Leaving Certificate, 1900
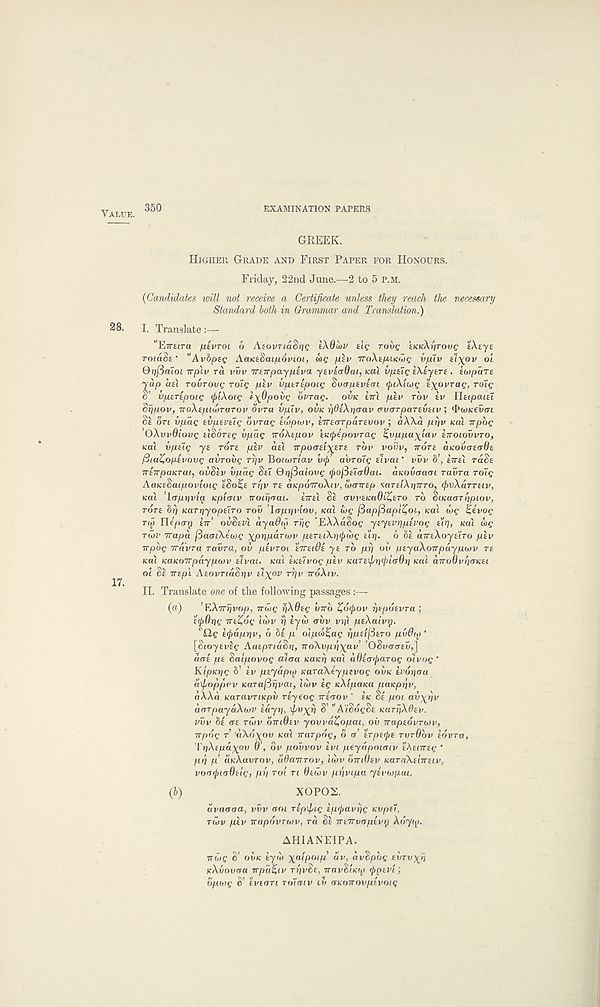
VALUE.
350
EXAMINATION PAPERS
GREEK.
HiGHER GRADE AND FIRST PAPER FOR HONOURS.
Friday, 22nd June.—2 to 5 P.M.
(Ca'iulidates will not receive a Certificate unless they reach the necessary
Standard both in Grammar and Translation.)
28.
I. Translate
"ETrara /atvroi o AiovTiaSrjQ iXOlov slg rove SKKXrirovg tXtye
roidSe * '’Avbpsg AaKiSat/aovioi, MQ /ikv nToXtyunihe vfxiv ti\ov oi
Qr)(3aioi irplv ra vvv Treirpaypiva yeviadai, icai vpuQ tAiytrt. iujpare
yap aei rovrovg TOIQ plv vptrepoig SvapEvem <piXiu)g i\ovrag, rolg
o’ vpETtpoig (piXoig f\6povg bvrag. OVK CTTI pev rbv tv Utipaiti
Sfipov, iroXtpiwrarov ovra vpiv, OVK ifitArjaav ('vorparevtiv ; QioKtvai
St on vpag tvptvtig ovrag twpwv, tirtarpartvov; aX\a prjv KOI upog
’OXvvOiovg tlSortg vpag Trdhtpov tK</>epovrag %vppaxiav ETTOIOVVTO,
KO.1 vptig yt TOTE ptv aei irpoatixETt TOV VOVV, VOTE aKOvatadt
fttaZoptvovg avrovg Tr]v YSoiwriav v(j) , avroig tTvai ’ vvv 8’, ETTEI TUSE
TTETTpaKrai, OVSEV vpag Set Qrjfiaiovg <f>o(3£i<r9ai. aicovaaoi ravra roig
AaKtSaipovioig ESO^E rr/v TE aKpoTroXiv, uxnrEp KaTtiXriTrTO, fivAarTtiv,
Kal ’laprjviq. Kpitnv iroir\aai. ETTEI St avvEKaOt^tTo TO SiKaan'ipiov,
TOTE b?) KarrjyOjOaro row lapr/vlov, Kai wg (3apf5apl%oi, Kal wf %evog
njj Uepay ETT’ OVSEVI ayaOip Trig 'EXXaSoc ytytvripEVog t’lrj, KOX org
riov Trapa /SacriXecug xpripdnvv pETtiAri^org arj. 6 8t airtXoyElTO ptv
upbg Travra ravra, ov ptvroi ETTEIOE yt TO prj on ptyaXoTrpuypwv re
KOI KaKOTTpdyputv tivat. Kal tKtivog ptv KaTE\pr}<pl(r9r) Kal airoOvriaKEi
oi Se TTtpl AtovTiaSriv tl^ov Trjv TTOXIV.
II. Translate one of the following passages :—
(a)
’EXTrrjvop, Trwg hXdtg VTTO %6<pov pEpoevra ;
E<p6pg TrtZog iwv rj tyw avv vp) ptXaivrj.
"Xlg trpdppv, 6 bt p otpoi^ag fipslfttro pvdy *
[Stoytvtc AatpTtaSp, noAvppx av ’ ’OSncro-tn,]
dae pt Saipovog cuoa icaicr) Kal aOtaiftaTog divog"
KlpKpg 8’ tv ptyapy) KaraXtypevog OVK ivopaa
axpoppov Karafiijvai, twv tg KXtpaKa paKppv,
aXXd KaTUvnKpv rtyeog ntaov ' EK St poi avxfiv
aarpaydXwv tayp, fioxf) S’ "AiSogSe KarriXOtv.
vvv bi at TWV omOtv yovvdZ,opai, ov TraptovTWv,
irpog T 'ttXo^ou KOI irarpog, d a’ ETpEcfre TVTOOV tovra,
I'pXtpaxpv 6’, ov povvov tvt peyapoiaiv tXenrtg ‘
pr\ p’ aKXavTov, adaTrrov, Iwv OTTIOEV KaTaAtlirEiv,
voatyioOttg, pp Toi n Otwv ppvipa ytvwpai.
(b)
XOPOS.
avaaoa, vvv aoi rtpxpig tp^avrig Kvpt7,
TWV ptv TTapOVTWV, TO St irETTVOpEVri Xdy<f).
AHIANEIPA.
TTuig S’ OVK tyw xaipatp’ dv, avSpbg EVTVXH
KXvovoa rrpqlitv rr'ivSe, iravStKifj rpptvi;
bpivg S’ EVECTTI rolcnv iv (TKOTrovptvoig